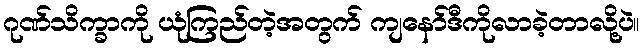
ဂုဏ်သိက္ခာကို ယုံကြည်တဲ့အတွက် ကျနော်ဒီကိုလာခဲ့တာလို့ပဲ။